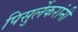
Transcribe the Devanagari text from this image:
पिसुर्लेकरांनी